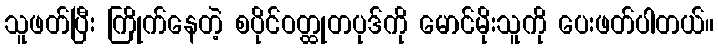
သူဖတ်ပြီး ကြိုက်နေတဲ့ စပိုင်ဝတ္ထုတပုဒ်ကို မောင်မိုးသူကို ပေးဖတ်ပါတယ်။